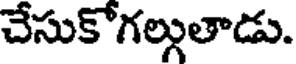
చేసుకోగల్లుతాడు.